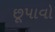
છૂપાવો